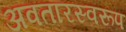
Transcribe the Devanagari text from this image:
अवतारस्वरूप